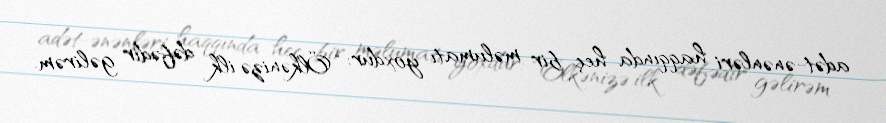
adət-ənənləri haqqında heç bir məlumatı yoxdur: “Ölkənizə ilk dəfədir gəlirəm.